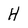
Character: H